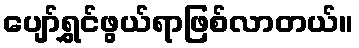
ပျော်ရွှင်ဖွယ်ရာဖြစ်လာတယ်။